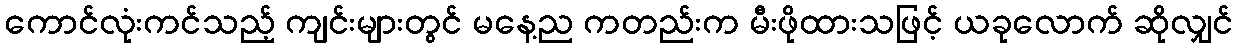
ကောင်လုံးကင်သည့် ကျင်းများတွင် မနေ့ည ကတည်းက မီးဖိုထားသဖြင့် ယခုလောက် ဆိုလျှင်